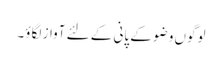
لوگوں وضو کے پانی کے لئے آواز لگاؤ۔